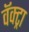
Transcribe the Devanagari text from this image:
वॅक्ट्रा